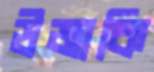
উজাকি